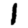
Digit: 1